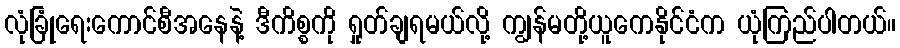
လုံခြုံရေးကောင်စီအနေနဲ့ ဒီကိစ္စကို ရှုတ်ချရမယ်လို့ ကျွန်မတို့ယူကေနိုင်ငံက ယုံကြည်ပါတယ်။